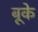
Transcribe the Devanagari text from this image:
बूके